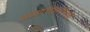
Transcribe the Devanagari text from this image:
सामुपादेशनाचाही